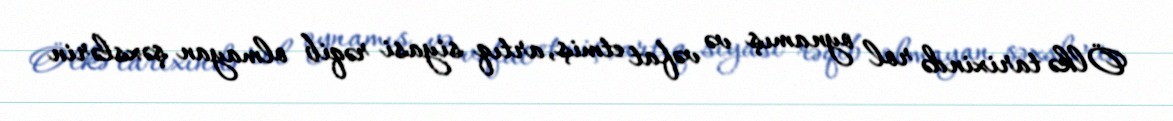
Ölkə tarixində rol oynamış və vəfat etmiş, artıq siyasi rəqib olmayan şəxslərin